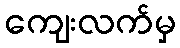
ကျေးလက်မှ